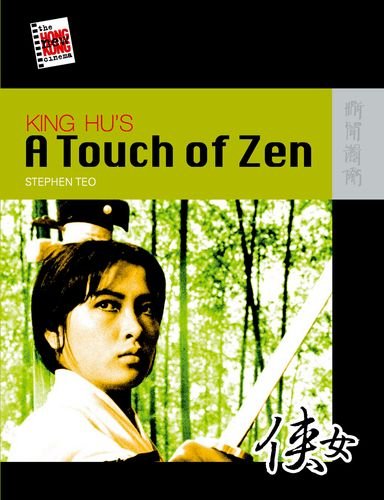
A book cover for King Hu's A Touch of Zen (The New Hong Kong Cinema); Stephen Teo; History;